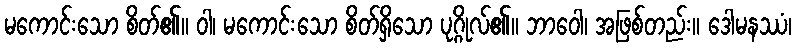
မကောင်းသော စိတ်၏။ ဝါ၊ မကောင်းသော စိတ်ရှိသော ပုဂ္ဂိုလ်၏။ ဘာဝေါ၊ အဖြစ်တည်း။ ဒေါမနဿံ၊